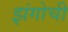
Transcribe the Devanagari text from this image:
झंगोची